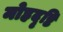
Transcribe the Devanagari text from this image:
मोहदृष्टि